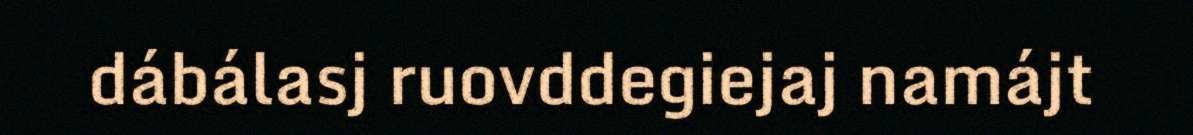
dábálasj ruovddegiejaj namájt